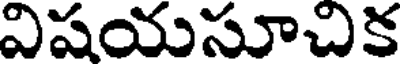
విషయసూచిక